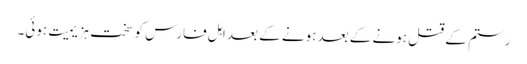
رستم کے قتل ہونے کے بعد ہونے کے بعد اہل فارس کو سخت ہزیمیت ہوئی۔